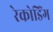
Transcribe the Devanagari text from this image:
रेकोडिंग